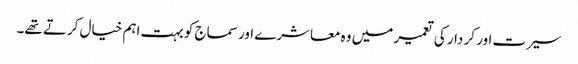
سیرت اور کر دار کی تعمیر میں وہ معاشرے اور سماج کو بہت اہم خیال کرتے تھے۔